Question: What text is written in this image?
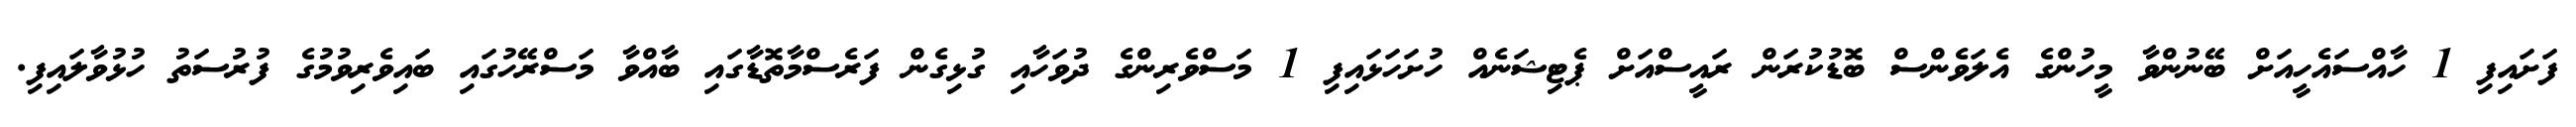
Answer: ފަށައިފި 1 ހާއްސައެހީއަށް ބޭނުންވާ މީހުންގެ އެލަވެންސް ބޮޑުކުރަން ރައީސްއަށް ޕެޓިޝަނެއް ހުށަހަޅައިފި 1 މަސްވެރިންގެ ދުވަހާއި ގުޅިގެން ފަރެސްމާތޮޑާގައި ބާއްވާ މަސްރޭހުގައި ބައިވެރިވުމުގެ ފުރުސަތު ހުޅުވާލައިފި.